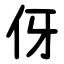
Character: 伢